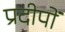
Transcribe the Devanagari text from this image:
प्रदीपों